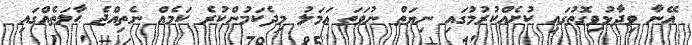
އޭނާ ވިދާޅުވިގޮތުގައި ކުށެއްކުރުމުގައި ނިޔަތް ނުވަތަ ޢަމަލު މިދެކަމުންކުރެ ކަމެއް ނެތިއްޖެ ޙާލަތެއްގައި